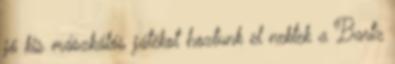
jó kis mászkálós játékot hoztunk el nektek a Bartz